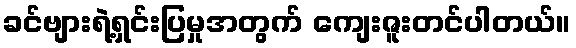
ခင်ဗျားရဲ့ရှင်းပြမှုအတွက် ကျေးဇူးတင်ပါတယ်။